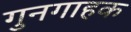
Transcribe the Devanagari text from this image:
गुनगाहक